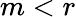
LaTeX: m<r